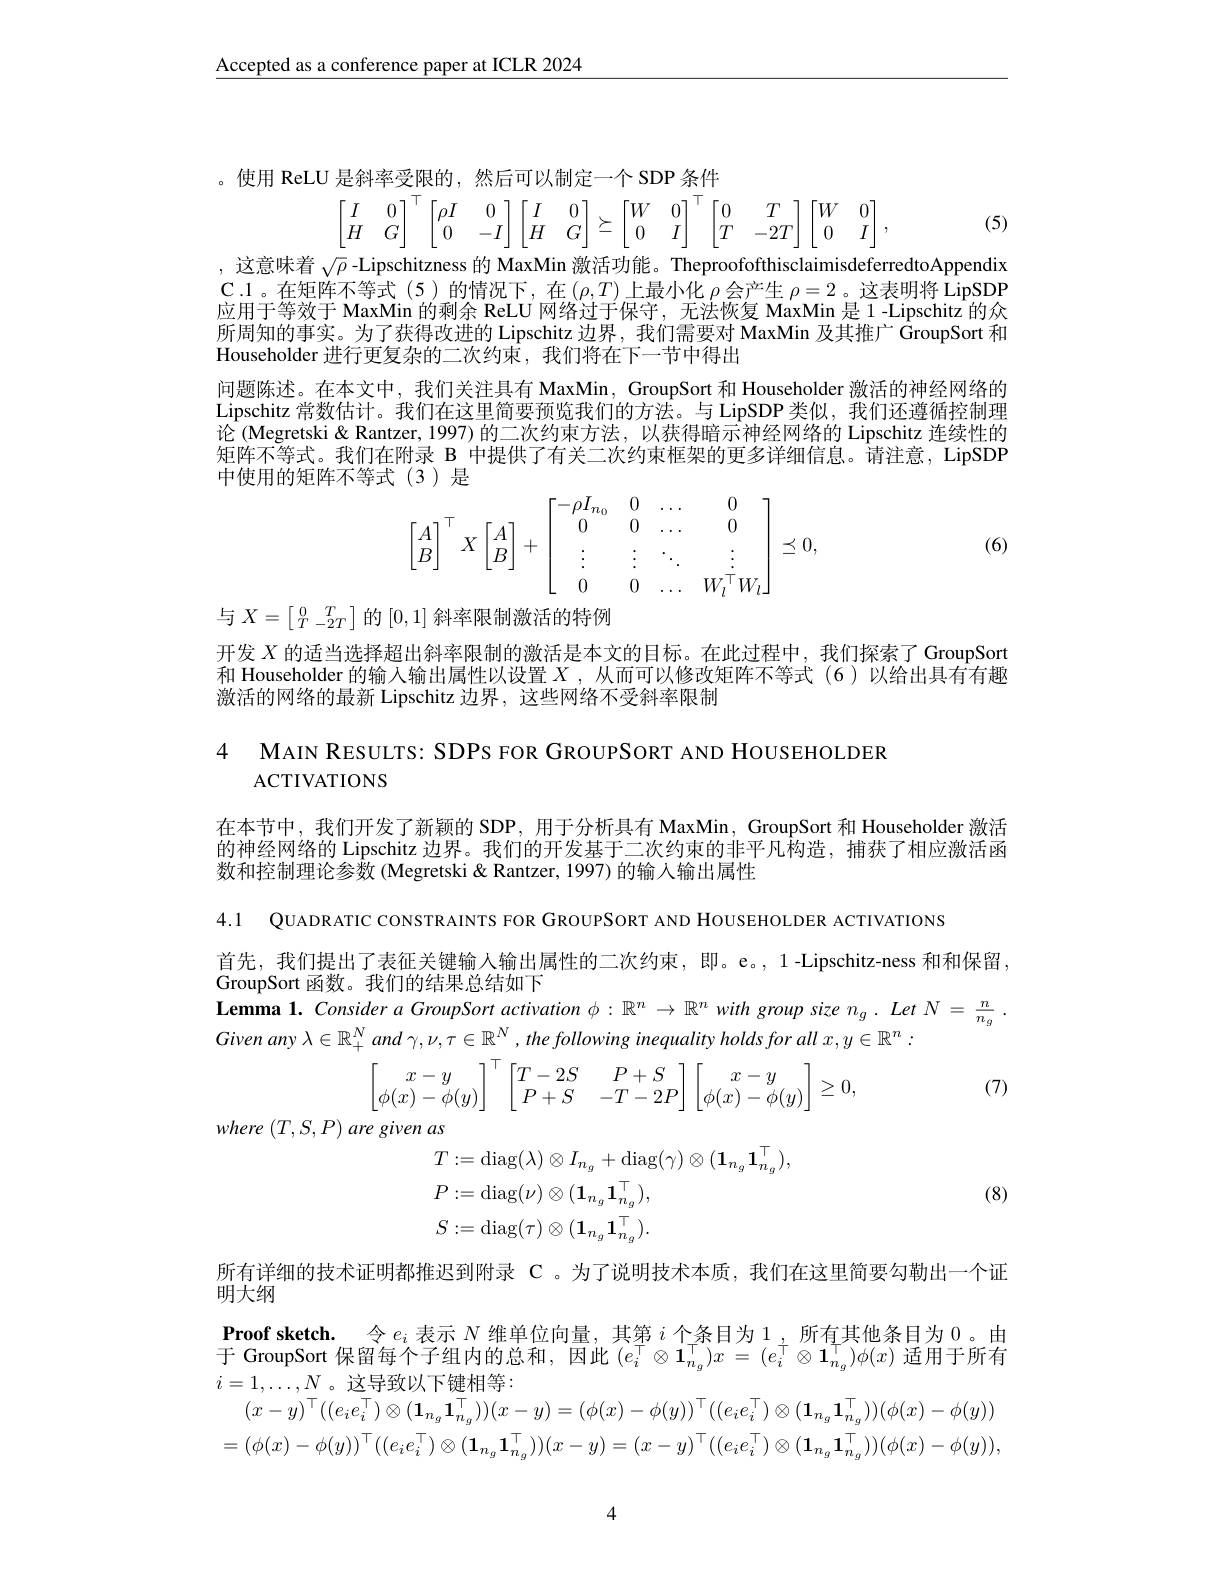
Accepted as a conference paper at ICLR 2024
$$\begin{aligned}&\text{」是斜率受限的,然后可以制定一个 SDP 条件}\\&\begin{bmatrix}I&0\\H&G\end{bmatrix}^\top\begin{bmatrix}\rho I&0\\0&-I\end{bmatrix}\begin{bmatrix}I&0\\H&G\end{bmatrix}\succeq\begin{bmatrix}W&0\\0&I\end{bmatrix}^\top\begin{bmatrix}0&T\\T&-2T\end{bmatrix}\begin{bmatrix}W&0\\0&I\end{bmatrix},\\\end{aligned}$$
(5)

,这意味着$\sqrt\rho$ -Lipschitzness 的 MaxMin 激活功能。TheproofofthisclaimisdeferredtoAppendix C.1。在矩阵不等式(5)的情况下，在$\left(\rho,T\right)$上最小化 $\rho$ 会产生 $\rho=2$ 。这表明将 LipSDP 应用于等效于 MaxMin 的剩余 ReLU 网络过于保守，无法恢复 MaxMin 是 1-Lipschitz 的众所周知的事实。为了获得改进的 Lipschitz 边界，我们需要对 MaxMin 及其推广$\hat{\text{GroupSort和}}$ Householder 进行更复杂的二次约束，我们将在下一节中得出
问题陈述。在本文中，我们关注具有 MaxMin, GroupSort 和 Householder 激活的神经网络的Lipschitz 常数估计。我们在这里简要预览我们的方法。与 LipSDP 类似，我们还遵循控制理论 (Megretski & Rantzer, 1997) 的二次约束方法，以获得暗示神经网络的 Lipschitz 连续性的矩阵不等式。我们在附录 B 中提供了有关二次约束框架的更多详细信息。请注意，LipSDP 中使用的矩阵不等式(3)是
$$\begin{bmatrix}A\\B\end{bmatrix}^\top X\begin{bmatrix}A\\B\end{bmatrix}+\begin{bmatrix}-\rho I_{n_0}&0&\dots&0\\0&0&\dots&0\\\vdots&\vdots&\ddots&\vdots\\0&0&\dots&W_l^\top W_l\end{bmatrix}\preceq0,$$
(6)

与$X=\left[\begin{smallmatrix}0&T\\T&-2T\end{smallmatrix}\right]$的[0,1]斜率限制激活的特例

开发$X$的适当选择超出斜率限制的激活是本文的目标。在此过程中，我们探索了GroupSort 和 Householder 的输入输出属性以设置$X$ ,从而可以修改矩阵不等式 (6)以给出具有有趣激活的网络的最新 Lipschitz 边界，这些网络不受斜率限制

4 MAIN RESULTS: SDPS FOR GROUPSORT AND HOUSEHOLDEF
ACTIVATIONS

在本节中，我们开发了新颖的 SDP, 用于分析具有 MaxMin, GroupSort 和 Householder 激活的神经网络的 Lipschitz 边界。我们的开发基于二次约束的非平凡构造，捕获了相应激活函数和控制理论参数 (Megretski & Rantzer, 1997) 的输入输出属性

4.1 QUADRATIC CONSTRAINTS FOR GROUPSORT AND HOUSEHOLDER ACTIVATIONS

首先，我们提出了表征关键输人输出属性的二次约束，即。e。,1-Lipschitz-ness 和和保留，
GroupSort 函数。我们的结果总结如下
$\textbf{Lemma 1. Consider a GroupSort activation }\phi : \mathbb{R} ^n\to \mathbb{R} ^nwithgroupsizen_g. LetN= \frac n{n_g}.$
Given any $\lambda \in \mathbb{R} _{+ }^{N}$ and $\gamma , \nu , \tau \in \mathbb{R} ^{N}$ $, the$ following inequality holds for all $x, y\in \mathbb{R} ^{n}$ .
$$\begin{bmatrix}x-y\\\phi(x)-\phi(y)\end{bmatrix}^\top\begin{bmatrix}T-2S&P+S\\P+S&-T-2P\end{bmatrix}\begin{bmatrix}x-y\\\phi(x)-\phi(y)\end{bmatrix}\ge0,$$
(7)

$where\left(T,S,P\right)aregivenas$

(8)
$$\begin{aligned}&T:=\mathrm{diag}(\lambda)\otimes I_{n_{g}}+\mathrm{diag}(\gamma)\otimes(\mathbf{1}_{n_{g}}\mathbf{1}_{n_{g}}^{\top}),\\&P:=\mathrm{diag}(\nu)\otimes(\mathbf{1}_{n_{g}}\mathbf{1}_{n_{g}}^{\top}),\\&S:=\mathrm{diag}(\tau)\otimes(\mathbf{1}_{n_{g}}\mathbf{1}_{n_{g}}^{\top}).\end{aligned}$$
所有详细的技术证明都推迟到附录 C 。为了说明技术本质，我们在这里简要勾勒出一个证
明大纲
Proof sketch. 令$e_i$表示$N$维单位向量，其第$i$个条目为1，所有其他条目为0。由于 GroupSort 保留每个子组内的总和，因此$(e_i^\top\otimes\mathbf{1}_{n_g}^\top)x=(e_i^\top\otimes\mathbf{1}_{n_g}^\top)\phi(x)$适用于所有
$$(x-y)^\top((e_ie_i^\top)\otimes(\mathbf{1}_{n_g}\mathbf{1}_{n_g}^\top))(x-y)=(\phi(x)-\phi(y))^\top((e_ie_i^\top)\otimes(\mathbf{1}_{n_g}\mathbf{1}_{n_g}^\top))(\phi(x)-\phi(y))\\=(\phi(x)-\phi(y))^\top((e_ie_i^\top)\otimes(\mathbf{1}_{n_g}\mathbf{1}_{n_g}^\top))(x-y)=(x-y)^\top((e_ie_i^\top)\otimes(\mathbf{1}_{n_g}\mathbf{1}_{n_g}^\top))(\phi(x)-\phi(y)),$$
4